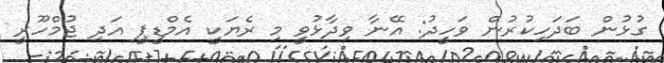
ގުޅުން ބަދަހިކުރުން ވަހީދު: އޭނާ ވިދާޅުވީ މި ރެޔަކީ އެމްޑީޕީ އަދި ޖުމްހޫރީ